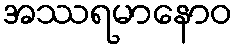
အဿရမာနောဝ